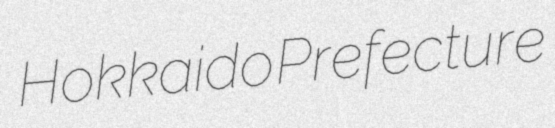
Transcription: Hokkaido Prefecture